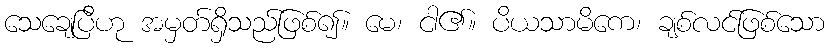
သေချေပြီဟု အမှတ်ရှိသည်ဖြစ်၍။ မေ၊ ငါ၏။ ပိယသာမိကေ၊ ချစ်လင်ဖြစ်သော